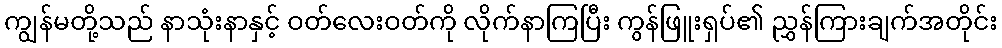
ကျွန်မတို့သည် နာသုံးနာနှင့် ဝတ်လေးဝတ်ကို လိုက်နာကြပြီး ကွန်ဖြူးရှပ်၏ ညွှန်ကြားချက်အတိုင်း